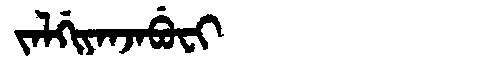
Manchu: ᠵᠠᠯᡤᡳᠶᠠᠨᠵᠠᠪᡠᠸᡳ
Romanization: JALGIYANJABUFI